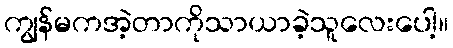
ကျွန်မကအဲ့တာကိုသာယာခဲ့သူလေးပေါ့။